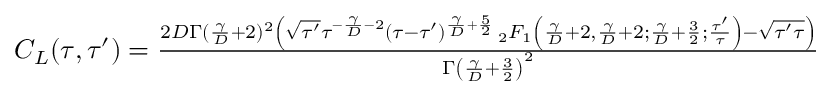
\begin{array} { r } { C _ { L } ( \tau , \tau ^ { \prime } ) = \frac { 2 D \Gamma ( \frac { \gamma } { D } + 2 ) ^ { 2 } \left( \sqrt { \tau ^ { \prime } } \tau ^ { - \frac { \gamma } { D } - 2 } ( \tau - \tau ^ { \prime } ) ^ { \frac { \gamma } { D } + \frac { 5 } { 2 } } \, _ { 2 } F _ { 1 } \left( \frac { \gamma } { D } + 2 , \frac { \gamma } { D } + 2 ; \frac { \gamma } { D } + \frac { 3 } { 2 } ; \frac { \tau ^ { \prime } } { \tau } \right) - \sqrt { \tau ^ { \prime } \tau } \right) } { \Gamma \left( \frac { \gamma } { D } + \frac { 3 } { 2 } \right) ^ { 2 } } } \end{array}